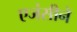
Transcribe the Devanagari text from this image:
एजंसीने